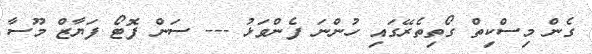
ގެން މިސްކިތް ގޯތިތެރޭގައި ހުންނަ ފެންވަޅު --- ސަން ފޮޓޯ ފަޔާޒް މޫސާ